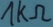
Text: 1kΩ